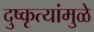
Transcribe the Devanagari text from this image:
दुष्कृत्यांमुळे